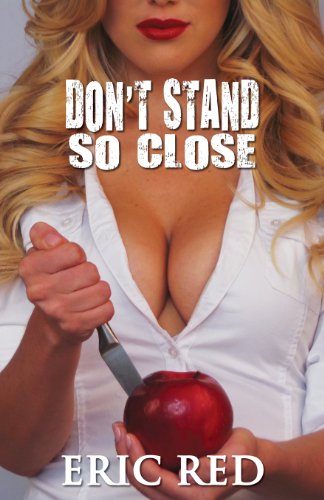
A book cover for Don't Stand So Close; Eric Red; Romance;